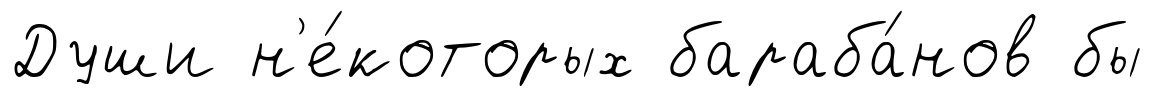
Души н'е́которых бараба́нов бы